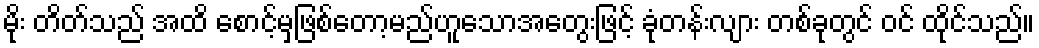
မိုး တိတ်သည် အထိ စောင့်မှဖြစ်တော့မည်ဟူသောအတွေးဖြင့် ခုံတန်းလျား တစ်ခုတွင် ဝင် ထိုင်သည်။